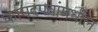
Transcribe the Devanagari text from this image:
कागदपत्रांमधील